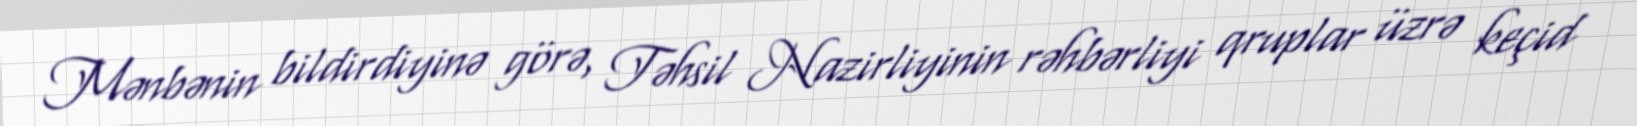
Mənbənin bildirdiyinə görə, Təhsil Nazirliyinin rəhbərliyi qruplar üzrə keçid